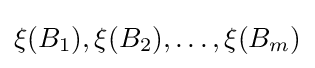
\xi (B_{1}),\xi (B_{2}),\dots ,\xi (B_{m})